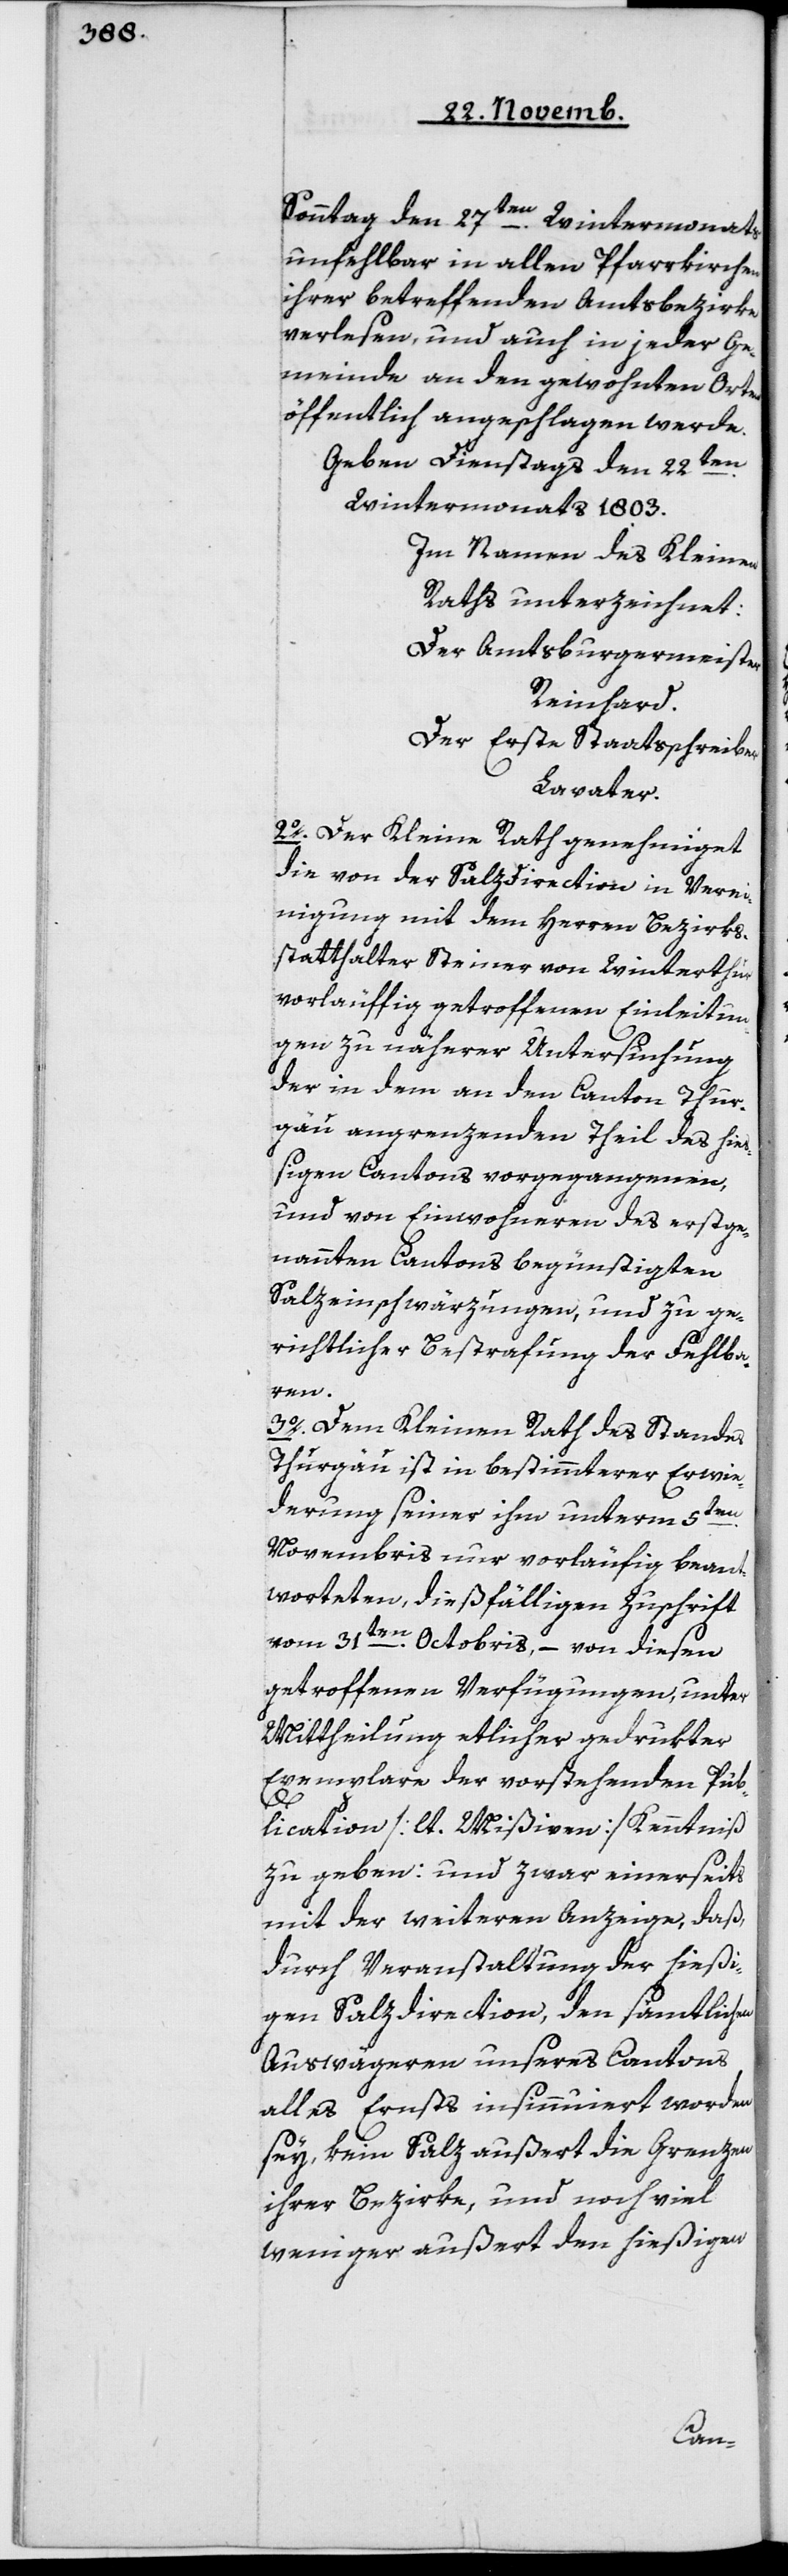
Sonntag den 27ten Wintermonats
unfehlbar in allen Pfarrkirchen
ihrer betreffenden Amtsbezirke
verlesen, und auch in jeder Ge¬
meinde an den gewohnten Orten
öffentlich angeschlagen werde.
Geben Dienstags den 22ten
Wintermonats 1803.
Im Namen des Kleinen
Raths unterzeichnet:
Der Amtsburgermeister
Reinhard.
Der erste Staatsschreiber
Lavater.
2o Der Kleine Rath genehmiget
die von der Salzdirection in Verei¬
nigung mit dem Herren Bezirks¬
statthalter Steiner von Winterthur
vorläuffig getroffenen Einleitun¬
gen zu näherer Untersuchung
der in dem an den Canton Thur¬
gau angrenzenden Theil des hie¬
ßigen Cantons vorgegangenen,
und von Einwohneren des erstge¬
nannten Cantons begünstigten
Salzeinschwärzungen, und zu ge¬
richtlicher Bestrafung der Fehlba¬
ren.
3o Dem Kleinen Rath des Standes
Thurgau ist in bestimmterer Erwi¬
derung seiner ihm unterm 5ten
Novembris nur vorläufig beant¬
worteten dießfälligen Zuschrift
vom 31ten Octobris, – von diesen
getroffenen Verfügungen, unter
Mittheilung etlicher gedrukter
Exemplare der vorstehenden Pub¬
lication [lt. Mißiven] Kenntniß
zu geben; und zwar einerseits
mit der weiteren Anzeige, daß,
durch Veranstaltung der hießi¬
gen Salzdirection, den sämtlichen
Auswägeren unseres Cantons
alles Ernsts insinnuiert worden
sey, kein Salz außert die Grenzen
ihrer Bezirke und noch viel
weniger außert den hießigen